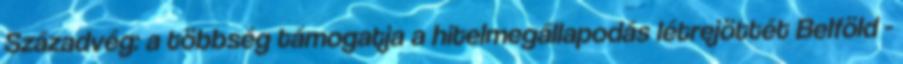
Századvég: a többség támogatja a hitelmegállapodás létrejöttét Belföld -